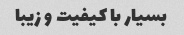
بسیار با کیفیت و زیبا